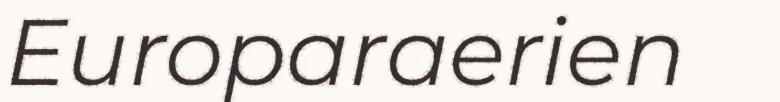
Europaraerien